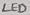
Text: LED